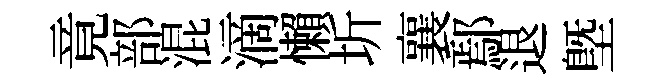
竟部混滴懶圻襄鄢退塈